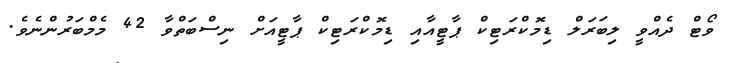
ވޯޓް ދެއްވީ ލިބަރަލް ޑިމޮކްރަޓިކް ޕާޓީއާއި ޑިމޮކްރަޓިކް ޕާޓީއަށް ނިސްބަތްވާ 42 މެމްބަރުންނެވެ.